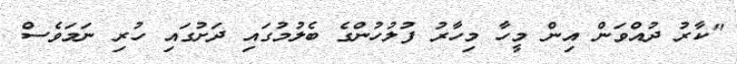
''ކާރު ދުއްވަން އިން މީހާ މިހާރު ފުލުހުންގެ ބެލުމުގައި ދަށުގައި ހުރި ނަމަވެސް